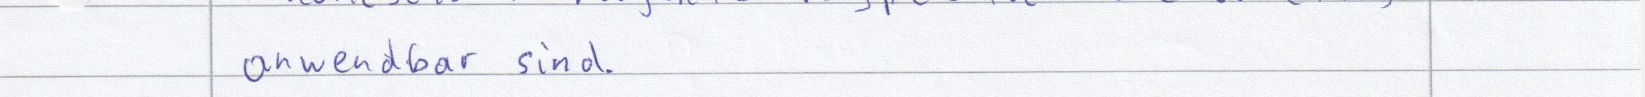
anwendbar sind.